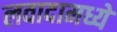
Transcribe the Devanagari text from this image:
लवादामध्ये